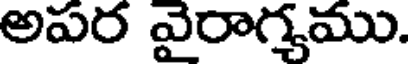
అపర వైరాగ్యము.